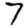
Digit: 7